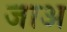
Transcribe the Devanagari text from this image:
जाअ